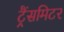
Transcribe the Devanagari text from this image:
ट्रैंसमिटर